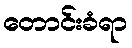
တောင်းခံရာ